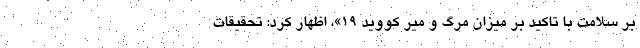
بر سلامت با تاکید بر میزان مرگ و میر کووید ۱۹»، اظهار کرد: تحقیقات